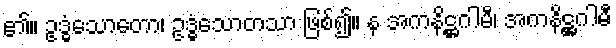
၏။ ဥဒ္ဓံသောတော၊ ဥဒ္ဓံသောတသာ ဖြစ်၍။ န အကနိဋ္ဌဂါမီ၊ အကနိဋ္ဌဂါမီ